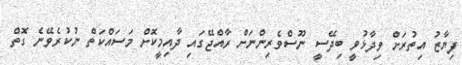
ފިޔާޒު އިތުރަށް ވިދާޅުވީ ބިދޭސީ ނޫސްވެރިންނަށް ރާއްޖޭގައި ދާއިމީކޮށް މަސައްކަތް ނުކުރެވޭނެ ގޮތް